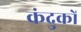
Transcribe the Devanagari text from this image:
कंदुकों